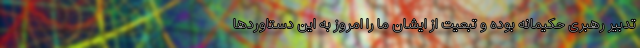
تدبیر رهبری حکیمانه بوده و تبعیت از ایشان ما را امروز به این دستاوردها